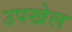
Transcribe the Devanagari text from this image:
उपखेल